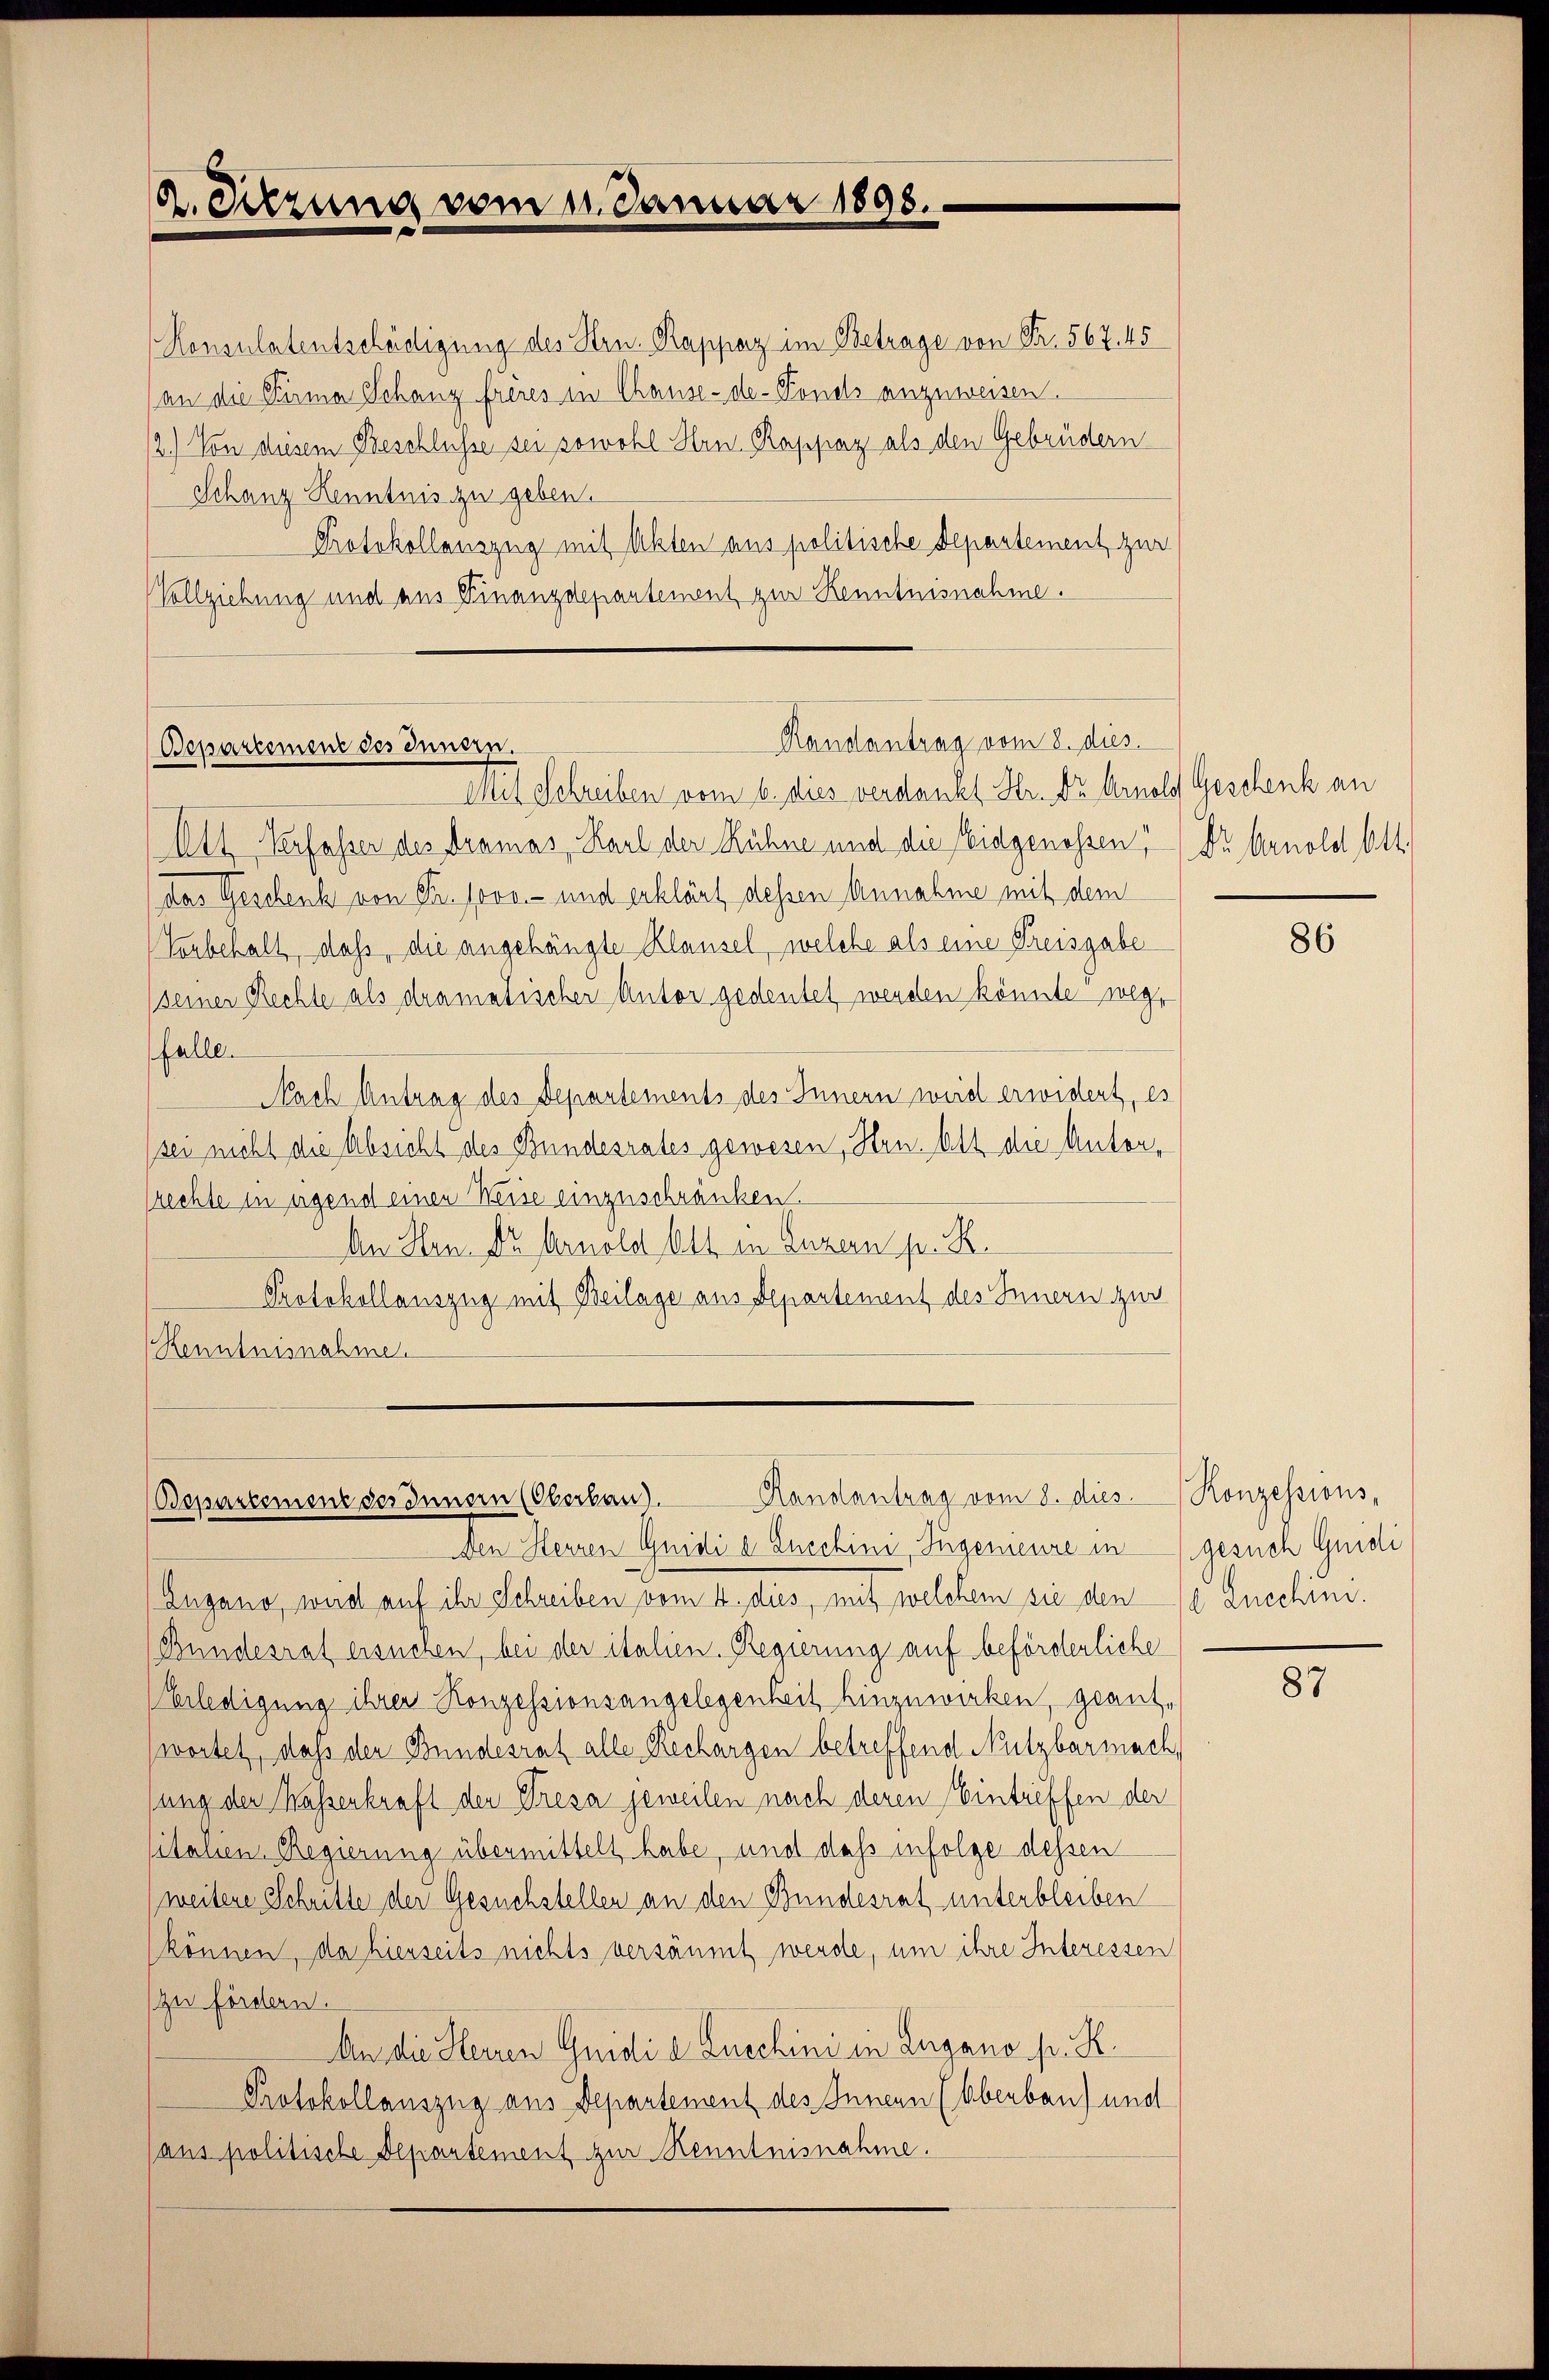
A. Sitzung vom 11. Januar 1898.

Konsulatentschädigung des Hrn. Rappaz im Betrage von Fr. 567. 45
(an die Sina Schanz frères in Chause-de-Fonds anzuweisen.
12.) Von diesem Beschlüsse sei sowohl Hrn. Rappaz als den Gebrüdern
Schanz Kenntnis zu geben.
Protokollauszug mit Akten aus politische Departement zur
Vollziehung und aus Finanzdepartement zur Kenntnisnahme.

Randantrag vom 8. dies
Bepartement des Innern.

Mit Schreiben vom 6. dies verdankt Hr. Du Arnold Geschenk an
Att Verfasser des Dramas, Karl der Rühne und die Eidgenossen Dr. Arnold Ott.
das Geschenk von Fr. Jovo - und erklärt dessen Annahme mit dem
Vorbehalt, dass, die angehängte Klausel, welche als eine Preisgabe
(seiner Rechte als dramatischer Antor gedeutet werden könnte? wege
falle.
Nach Antrag des Departements des Innern weid erwidert, es
sei nicht die Absicht des Bundesrates gewesen, Hrn. Ott die Antonsrechte in irgend einen Weise einzuschränken.
An Hrn. Dr Arnold Ott in Luzern pr. K.
Protokollauszug mit Beilage aus Departement des Innern zur
Kenntnisnahme.

Handantrag vom 8. dies Konzessions,
Bepartement des Innern (Oberbau).

Den Herren Guidi e Knechini, Ingemeure in gesuch Guidi
Zugano, weid auf ihr Schreiben vom 4. dies, mit welchem sie dene Knechini¬
Bundesrat ersuchen, bei der italien. Regierung auf beförderliche
Erledigung ihrer Konzessionsangelegenheit hinzuwirken, geantwortet, daß der Bundesrat alle Rechargen betreffend Nutzbarmach,
sung der Kassenkraft der Presa jeweilen nach deren Eintreffen der
sitalien Regierung übermittelt habe, und dass infolge dessen
weitere Schritte der Gesuchstellen an den Bundesrat unterbleiben
können, da hierseits nichts versäumt werde, um ihre Interessen
zu fördern.
An die Herren Guidi a Zuschini in Zugano pr. K.
Protokollauszug aus Departement des Innern (Aberbau) und
aus politische Departement zur Kenntnisnahme.

86

87